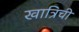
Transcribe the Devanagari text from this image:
खात्रिची